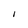
Character: I